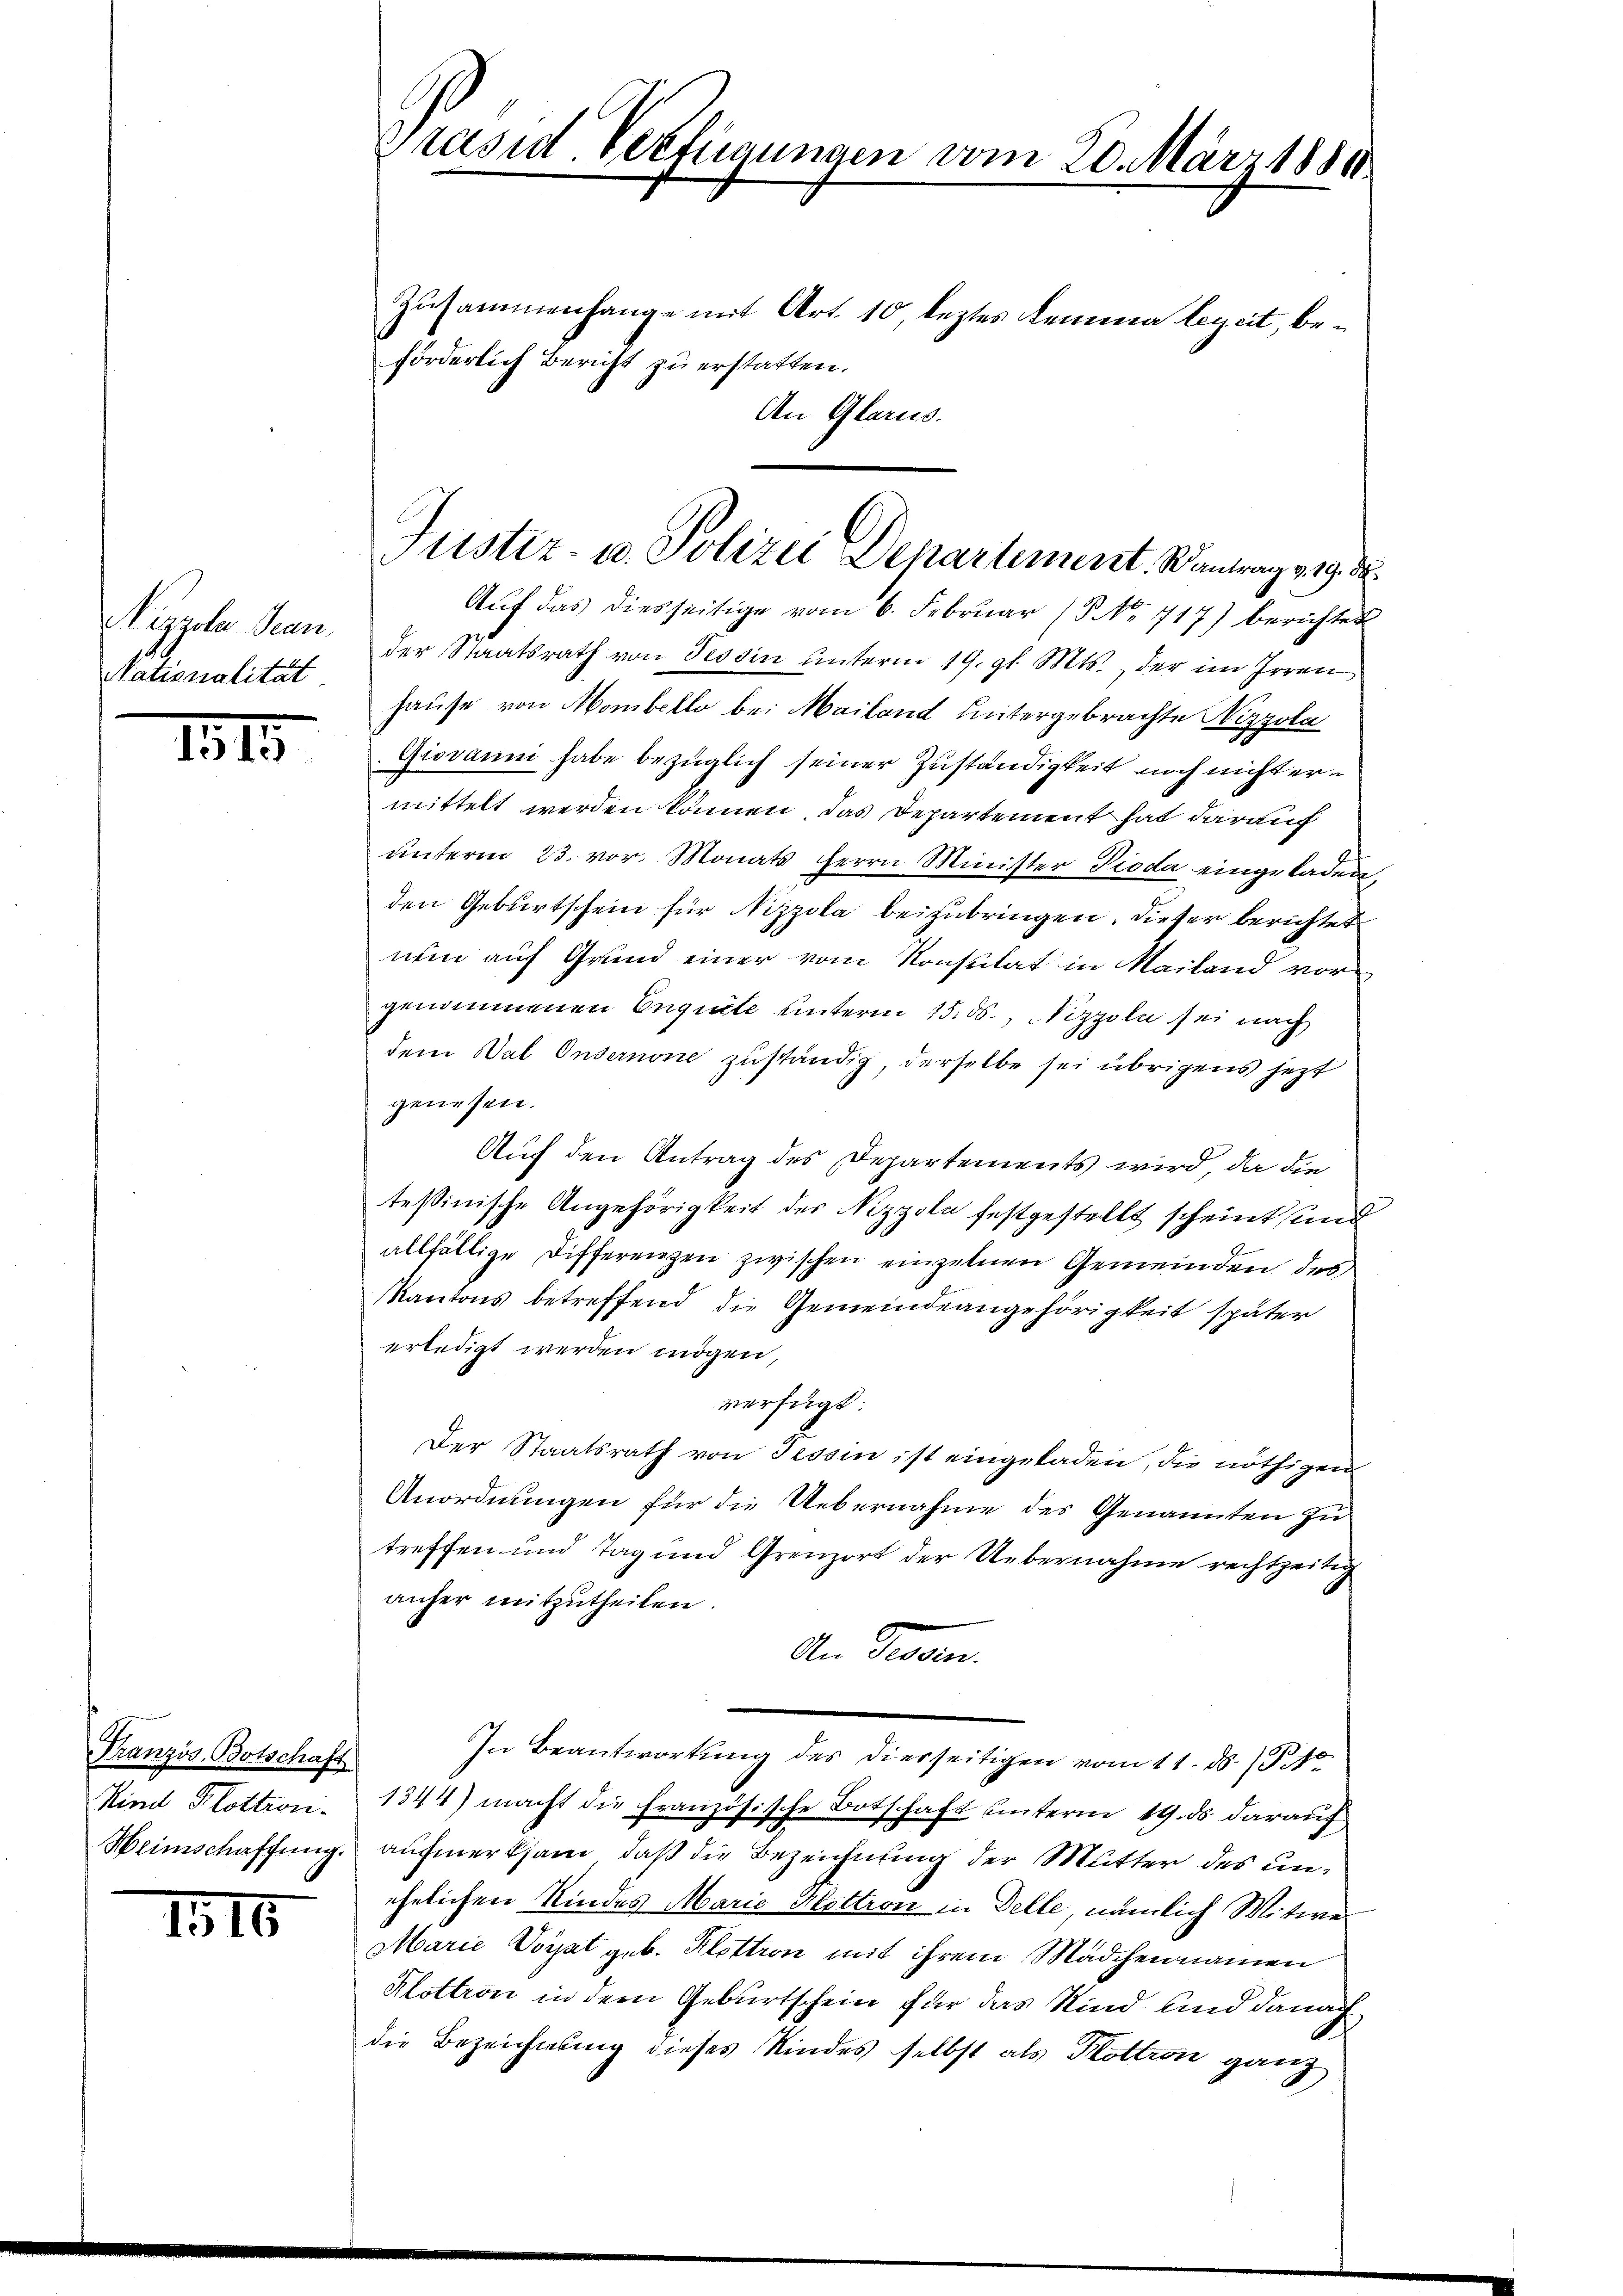
Nizzola-Seen.
Nationalität

1815

Französ. Botschaft
Kind Plottion.
Heimschaffung.

1310

Grasid Verfügungen vom 20. März 1880
Zusammenhange mit Art. 10, leztes Lemma leget, beförderlich Bericht zu erstatten.

Aŭf das diesseitige vom 6. Februar (S. Nr. 717) berichtet
der Staatsrath von Tessin unterm 19. gl. Mts., der im Irren
hause von Mombello bei Mailand hintergebrachte Nizzola
Giovanni habe bezüglich seiner Zuständigkeit noch nichtern
mittelt werden können, das Departement hat darauf
ŭnterm 23. vor. Monats Herrn Minister Pioda eingeladen,
den Geburtschein für Nizzola beizubringen. Dieser berichtet
num auf Grund einer vom Konsulat in Mailand vorgenommenen Enguete unterm 15. ds., Nizzoli sei nach
dem Bal Onsernone zuständig derselbe sei übrigens jetzt
genesen.
Auf den Antrag des Departements wird, da die
tessinische Angehörigkeit des Nizzola festgestellt scheint und
allfällige Differenzen zwischen einzelnen Gemeinden des
Kantons betreffend die Gemeindeangehörigkeit später
erledigt werden mögen,
verfügt:
Der Staatsrath von Tessin ist eingeladen, die nöthigen
Anordnungen für die Uebernahme des Genannten zu
treffen und Tag und Grenzort der Uebernahme rechtzeitig
anfer mitzutheilen.
An Fran
In Beantwortung des diesseitigen vom 11. ds. 1.
1344) macht die Französische Botschaft unterm 19. ds. darauf
aufmerksam, daß die Bezeichnung der Mutter des unehelichen Kindes Marie Klettron in Delle, nämlich Witwe
Marie Vorat geb. Kottion mit ihrem Mädchen namen
Klottron in dem Geburtschein für das Kind und danach
die Bezeichnung dieses Kindes selbst als Klottron ganz

An Glarus.

Justiz- u. Polizei Departement. Wantrag v. 9. d.